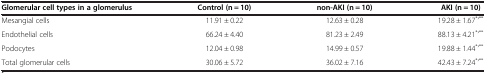
<table><thead><tr><td><b>Glomerular cell types in a glomerulus</b></td><td><b>Control (n = 10)</b></td><td><b>non-AKI (n = 10)</b></td><td><b>AKI (n = 10)</b></td></tr></thead><tbody><tr><td>Mesangial cells</td><td>11.91 ± 0.22</td><td>12.63 ± 0.28</td><td>19.28 ± 1.67<sup>*</sup>’<sup>**</sup></td></tr><tr><td>Endothelial cells</td><td>66.24 ± 4.40</td><td>81.23 ± 2.49</td><td>88.13 ± 4.21<sup>*</sup>’<sup>**</sup></td></tr><tr><td>Podocytes</td><td>12.04 ± 0.98</td><td>14.99 ± 0.57</td><td>19.88 ± 1.44<sup>*</sup>’<sup>**</sup></td></tr><tr><td>Total glomerular cells</td><td>30.06 ± 5.72</td><td>36.02 ± 7.16</td><td>42.43 ± 7.24<sup>*</sup>’<sup>**</sup></td></tr></tbody></table>